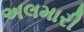
અલમારી